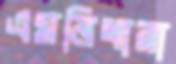
এমনিধারা